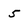
Character: 5